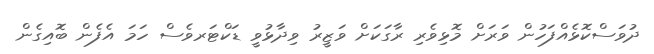
ދުވަސްކޮޅެއްފަހުން ވަރަށް މޮޅިވެރި ރާގަކަށް ވަޒީރު ވިދާޅުވީ ޑަކްޓަރވެސް ހަމަ އެފެން ބޮއިގެން